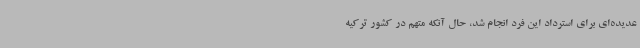
عدیده‌ای برای استرداد این فرد انجام شد، حال آنکه متهم در کشور ترکیه